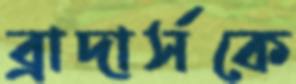
ব্রাদার্সকে